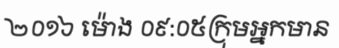
២០១៦ ម៉ោង ០៩:០៥ក្រុមអ្នកមាន